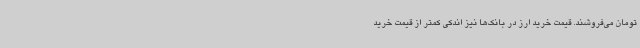
تومان می‌فروشند. قیمت خرید ارز در بانک‌ها نیز اندکی کمتر از قیمت خرید